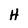
Character: H